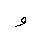
Letter: _waw